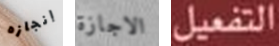
إنجازه الاجازة التفعيل